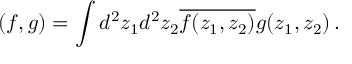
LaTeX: ( f , g ) = \int d ^ { 2 } z _ { 1 } d ^ { 2 } z _ { 2 } \overline { { { f ( z _ { 1 } , z _ { 2 } ) } } } g ( z _ { 1 } , z _ { 2 } ) \, .